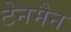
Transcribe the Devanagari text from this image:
टेनमैन